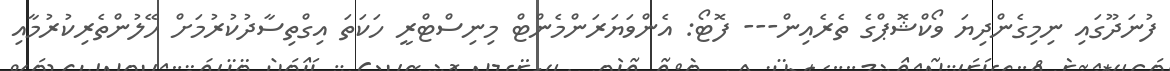
ފުނަދޫގައި ނިމިގެންދިޔަ ވޯކްޝޮޕްގެ ތެރެއިން--- ފޮޓޯ: އެންވަަޔަރަންމެންޓް މިނިސްޓްރީ ހަކަތަ އިގްތިސާދުކުރުމަށް ހޭލުންތެރިކުރުމާއި